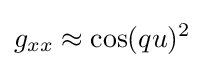
g_{xx}\approx \cos(qu)^{2}